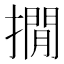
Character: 撊